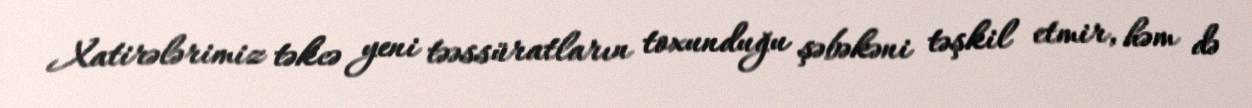
Xatirələrimiz təkcə yeni təəssüratların toxunduğu şəbəkəni təşkil etmir, həm də